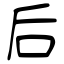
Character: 后